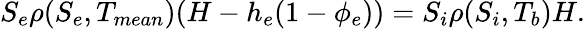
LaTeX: S_{e}\rho(S_{e},T_{mean})(H-h_{e}(1-\phi_{e}))=S_{i}\rho(S_{i},T_{b})H.